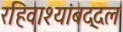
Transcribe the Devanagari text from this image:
रहिवाश्यांबद्दल